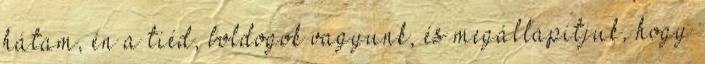
hátam, én a tiéd, boldogok vagyunk, és megállapítjuk, hogy